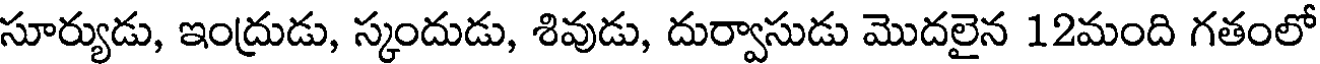
సూర్యుడు, ఇంద్రుడు, స్కందుడు, శివుడు, దుర్వాసుడు మొదలైన 12మంది గతంలో